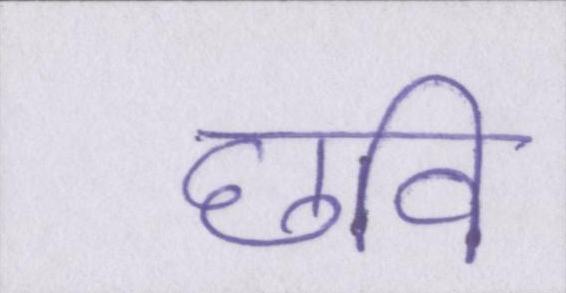
छवि